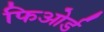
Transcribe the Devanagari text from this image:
फिओर्ड